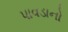
પાવડાનો